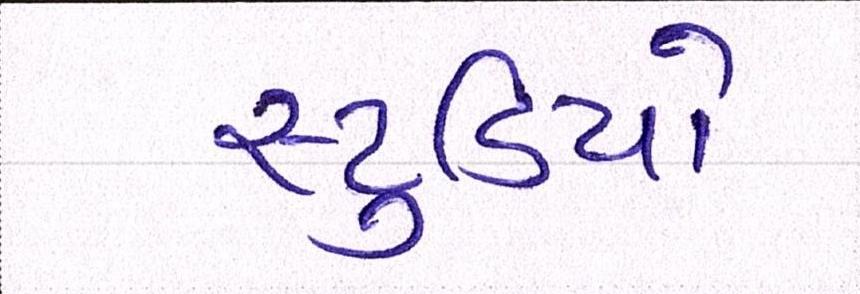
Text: સ્ટુડિયો